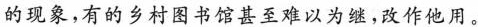
的现象，有的乡村图书馆甚至难以为继，改作他用。